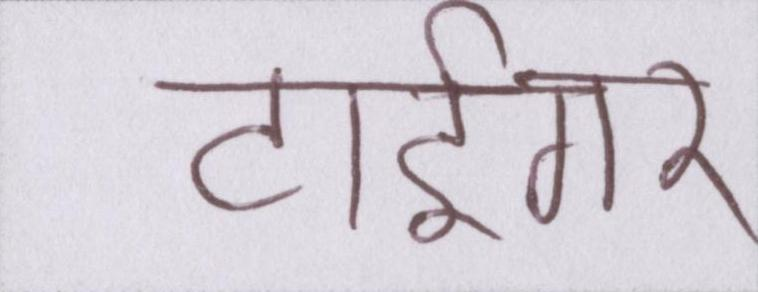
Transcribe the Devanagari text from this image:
टाईगर